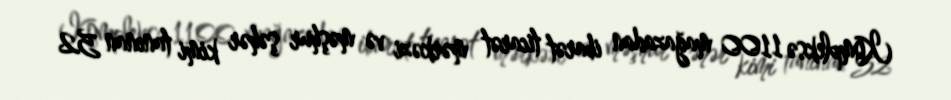
Kompleksə 1100 mağazadan ibarət ticarət mərkəzi və məşhur şəhər kimi tanınan 52